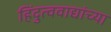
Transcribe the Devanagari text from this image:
हिंदुत्ववाद्यांच्या